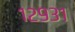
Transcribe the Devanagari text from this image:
१२९३१